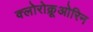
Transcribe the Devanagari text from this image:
क्लोरोक्रूओरिन